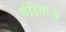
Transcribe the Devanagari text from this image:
संहिता॥